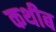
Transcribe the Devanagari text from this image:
कथीब